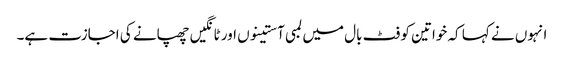
انہوں نے کہا کہ خواتین کو فٹ بال میں لمبی آستینوں اور ٹانگیں چھپانے کی اجازت ہے۔